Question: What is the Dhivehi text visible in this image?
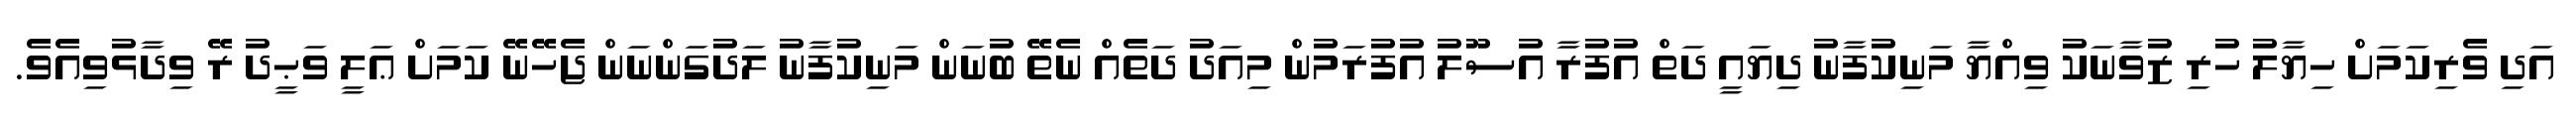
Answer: އަދި ވެރިކަމަށް ހިޔާލު ހުރި ޒުވާނަކު ވިއްޔާ މަނިކުފާނު ދިޔައީ ދަތް އުފުރާ އުސޫލު އުފުރަމުން މިއަދު ދަތެއް ނެތޭ ބުނަން މަނިކުފާނު ލަދުގަންނަން ޖެހޭނޭ ކަމަށް ޢަލީ ވަޙީދު ރޭ ވިދާޅުވިއެވެ.